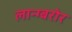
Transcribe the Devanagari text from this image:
लान्ग्बरोर